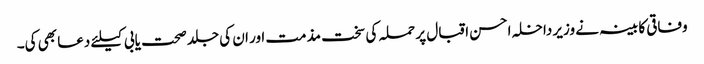
وفاقی کابینہ نے وزیر داخلہ احسن اقبال پر حملہ کی سخت مذمت اور ان کی جلد صحت یابی کیلئے دعا بھی کی۔